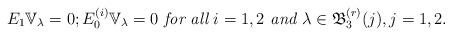
LaTeX: \begin{align*} E_1\mathbb{V}_{\lambda}=0;E_0^{(i)}\mathbb{V}_{\lambda}=0 \textit{ for all } i=1,2 \textit{ and }\lambda\in \mathfrak{B}_3^{(r)}(j),j=1,2. \end{align*}